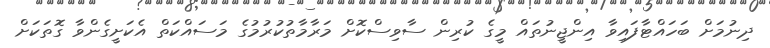
ދިނުމަށް ބަހައްޓާފައިވާ އިންޖީނުތައް މީގެ ކުރިން ސާވިސްކޮށް މަރާމާތުކުރުމުގެ މަސައްކަތް އެކަށީގެންވާ ގޮތަކަށް